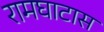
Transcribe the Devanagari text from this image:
रामघाटास